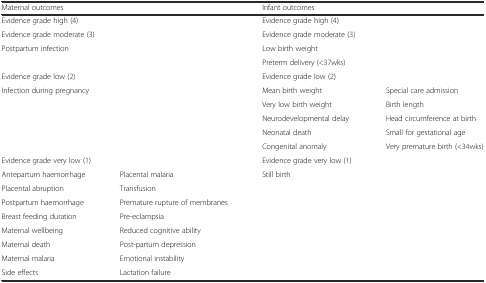
| <COLSPAN=2> Maternal outcomes | <COLSPAN=2> Infant outcomes |
 | --- | --- | --- | --- |
 | <COLSPAN=2> Evidence grade high (4) | <COLSPAN=2> Evidence grade high (4) |
 | <COLSPAN=2> Evidence grade moderate (3) | <COLSPAN=2> Evidence grade moderate (3) |
 | <ROWSPAN=2-COLSPAN=2> Postpartum infection | <COLSPAN=2> Low birth weight |
 | <COLSPAN=2> Preterm delivery (<37wks) |
 | <COLSPAN=2> Evidence grade low (2) | <COLSPAN=2> Evidence grade low (2) |
 | <ROWSPAN=5-COLSPAN=2> Infection during pregnancy | Mean birth weight | Special care admission |
 | Very low birth weight | Birth length |
 | Neurodevelopmental delay | Head circumference at birth |
 | Neonatal death | Small for gestational age |
 | Congenital anomaly | Very premature birth (<34wks) |
 | <COLSPAN=2> Evidence grade very low (1) | Evidence grade very low (1) |  |
 | Antepartum haemorrhage | Placental malaria | Still birth | <ROWSPAN=8>  |
 | Placental abruption | Transfusion |  |
 | Postpartum haemorrhage | Premature rupture of membranes |  |
 | Breast feeding duration | Pre-eclampsia |  |
 | Maternal wellbeing | Reduced cognitive ability |  |
 | Maternal death | Post-partum depression |  |
 | Maternal malaria | Emotional instability |  |
 | Side effects | Lactation failure |  |